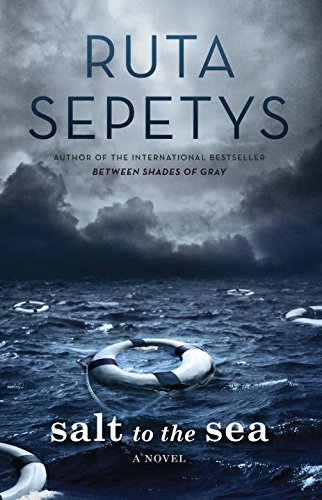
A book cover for Salt to the Sea; Ruta Sepetys; Teen & Young Adult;